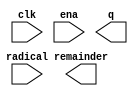
// megafunction wizard: %ALTSQRT%VBB%
// GENERATION: STANDARD
// VERSION: WM1.0
// MODULE: ALTSQRT 

// ============================================================
// Megafunction Name(s):
// 			ALTSQRT
//
// Simulation Library Files(s):
// 			altera_mf
// ============================================================
// ************************************************************
// THIS IS A WIZARD-GENERATED FILE. DO NOT EDIT THIS FILE!
//
// 11.1 Build 259 01/25/2012 SP 2 SJ Full Version
// ************************************************************

//Copyright (C) 1991-2011 Altera Corporation
//Your use of Altera Corporation's design tools, logic functions 
//and other software and tools, and its AMPP partner logic 
//functions, and any output files from any of the foregoing 
//(including device programming or simulation files), and any 
//associated documentation or information are expressly subject 
//to the terms and conditions of the Altera Program License 
//Subscription Agreement, Altera MegaCore Function License 
//Agreement, or other applicable license agreement, including, 
//without limitation, that your use is for the sole purpose of 
//programming logic devices manufactured by Altera and sold by 
//Altera or its authorized distributors.  Please refer to the 
//applicable agreement for further details.

module varianceSqRoot (
	clk,
	ena,
	radical,
	q,
	remainder);

	input	  clk;
	input	  ena;
	input	[35:0]  radical;
	output	[17:0]  q;
	output	[18:0]  remainder;

endmodule

// ============================================================
// CNX file retrieval info
// ============================================================
// Retrieval info: PRIVATE: INTENDED_DEVICE_FAMILY STRING "Stratix IV"
// Retrieval info: PRIVATE: SYNTH_WRAPPER_GEN_POSTFIX STRING "0"
// Retrieval info: LIBRARY: altera_mf altera_mf.altera_mf_components.all
// Retrieval info: CONSTANT: PIPELINE NUMERIC "5"
// Retrieval info: CONSTANT: Q_PORT_WIDTH NUMERIC "18"
// Retrieval info: CONSTANT: R_PORT_WIDTH NUMERIC "19"
// Retrieval info: CONSTANT: WIDTH NUMERIC "36"
// Retrieval info: USED_PORT: clk 0 0 0 0 INPUT NODEFVAL "clk"
// Retrieval info: USED_PORT: ena 0 0 0 0 INPUT NODEFVAL "ena"
// Retrieval info: USED_PORT: q 0 0 18 0 OUTPUT NODEFVAL "q[17..0]"
// Retrieval info: USED_PORT: radical 0 0 36 0 INPUT NODEFVAL "radical[35..0]"
// Retrieval info: USED_PORT: remainder 0 0 19 0 OUTPUT NODEFVAL "remainder[18..0]"
// Retrieval info: CONNECT: @clk 0 0 0 0 clk 0 0 0 0
// Retrieval info: CONNECT: @ena 0 0 0 0 ena 0 0 0 0
// Retrieval info: CONNECT: @radical 0 0 36 0 radical 0 0 36 0
// Retrieval info: CONNECT: q 0 0 18 0 @q 0 0 18 0
// Retrieval info: CONNECT: remainder 0 0 19 0 @remainder 0 0 19 0
// Retrieval info: GEN_FILE: TYPE_NORMAL varianceSqRoot.v TRUE
// Retrieval info: GEN_FILE: TYPE_NORMAL varianceSqRoot.inc FALSE
// Retrieval info: GEN_FILE: TYPE_NORMAL varianceSqRoot.cmp FALSE
// Retrieval info: GEN_FILE: TYPE_NORMAL varianceSqRoot.bsf FALSE
// Retrieval info: GEN_FILE: TYPE_NORMAL varianceSqRoot_inst.v FALSE
// Retrieval info: GEN_FILE: TYPE_NORMAL varianceSqRoot_bb.v TRUE
// Retrieval info: LIB_FILE: altera_mf